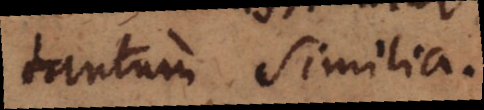
tantum similia.